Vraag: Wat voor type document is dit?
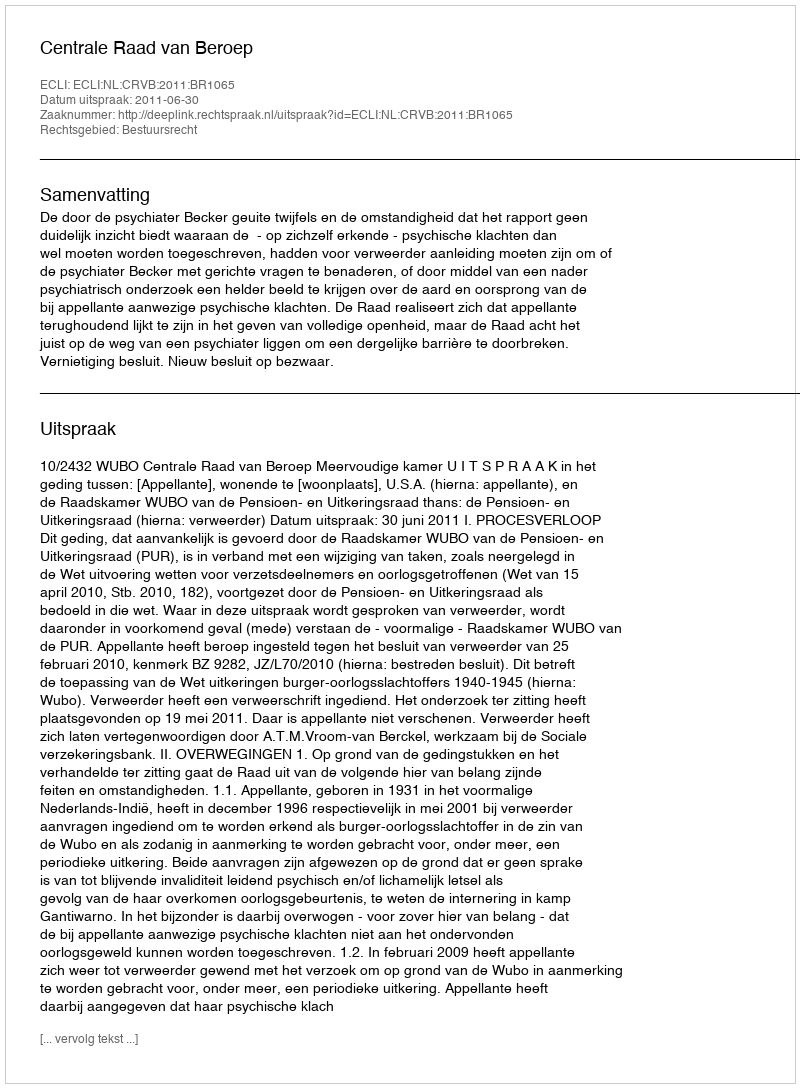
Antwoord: Uitspraak